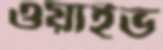
ওয়াইভ